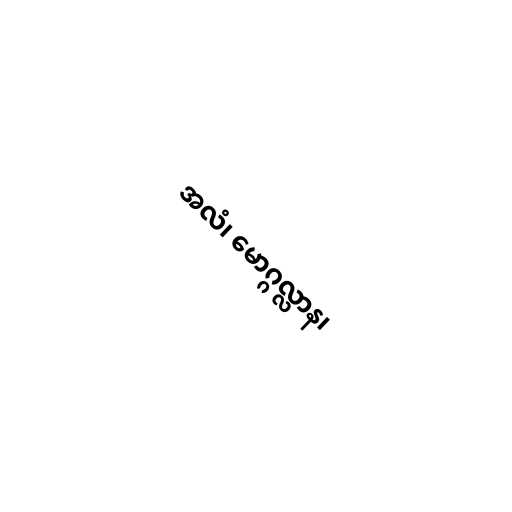
အလံ၊ မောဂ္ဂလ္လာန၊